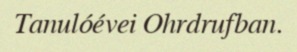
Tanulóévei Ohrdrufban.